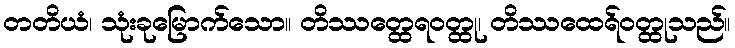
တတိယံ၊ သုံးခုမြောက်သော။ တိဿတ္ထေရဝတ္ထု၊ တိဿထေရ်ဝတ္ထုသည်။